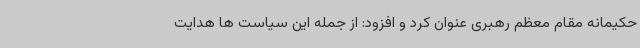
حکیمانه مقام معظم رهبری عنوان کرد و افزود: از جمله این سیاست ها هدایت